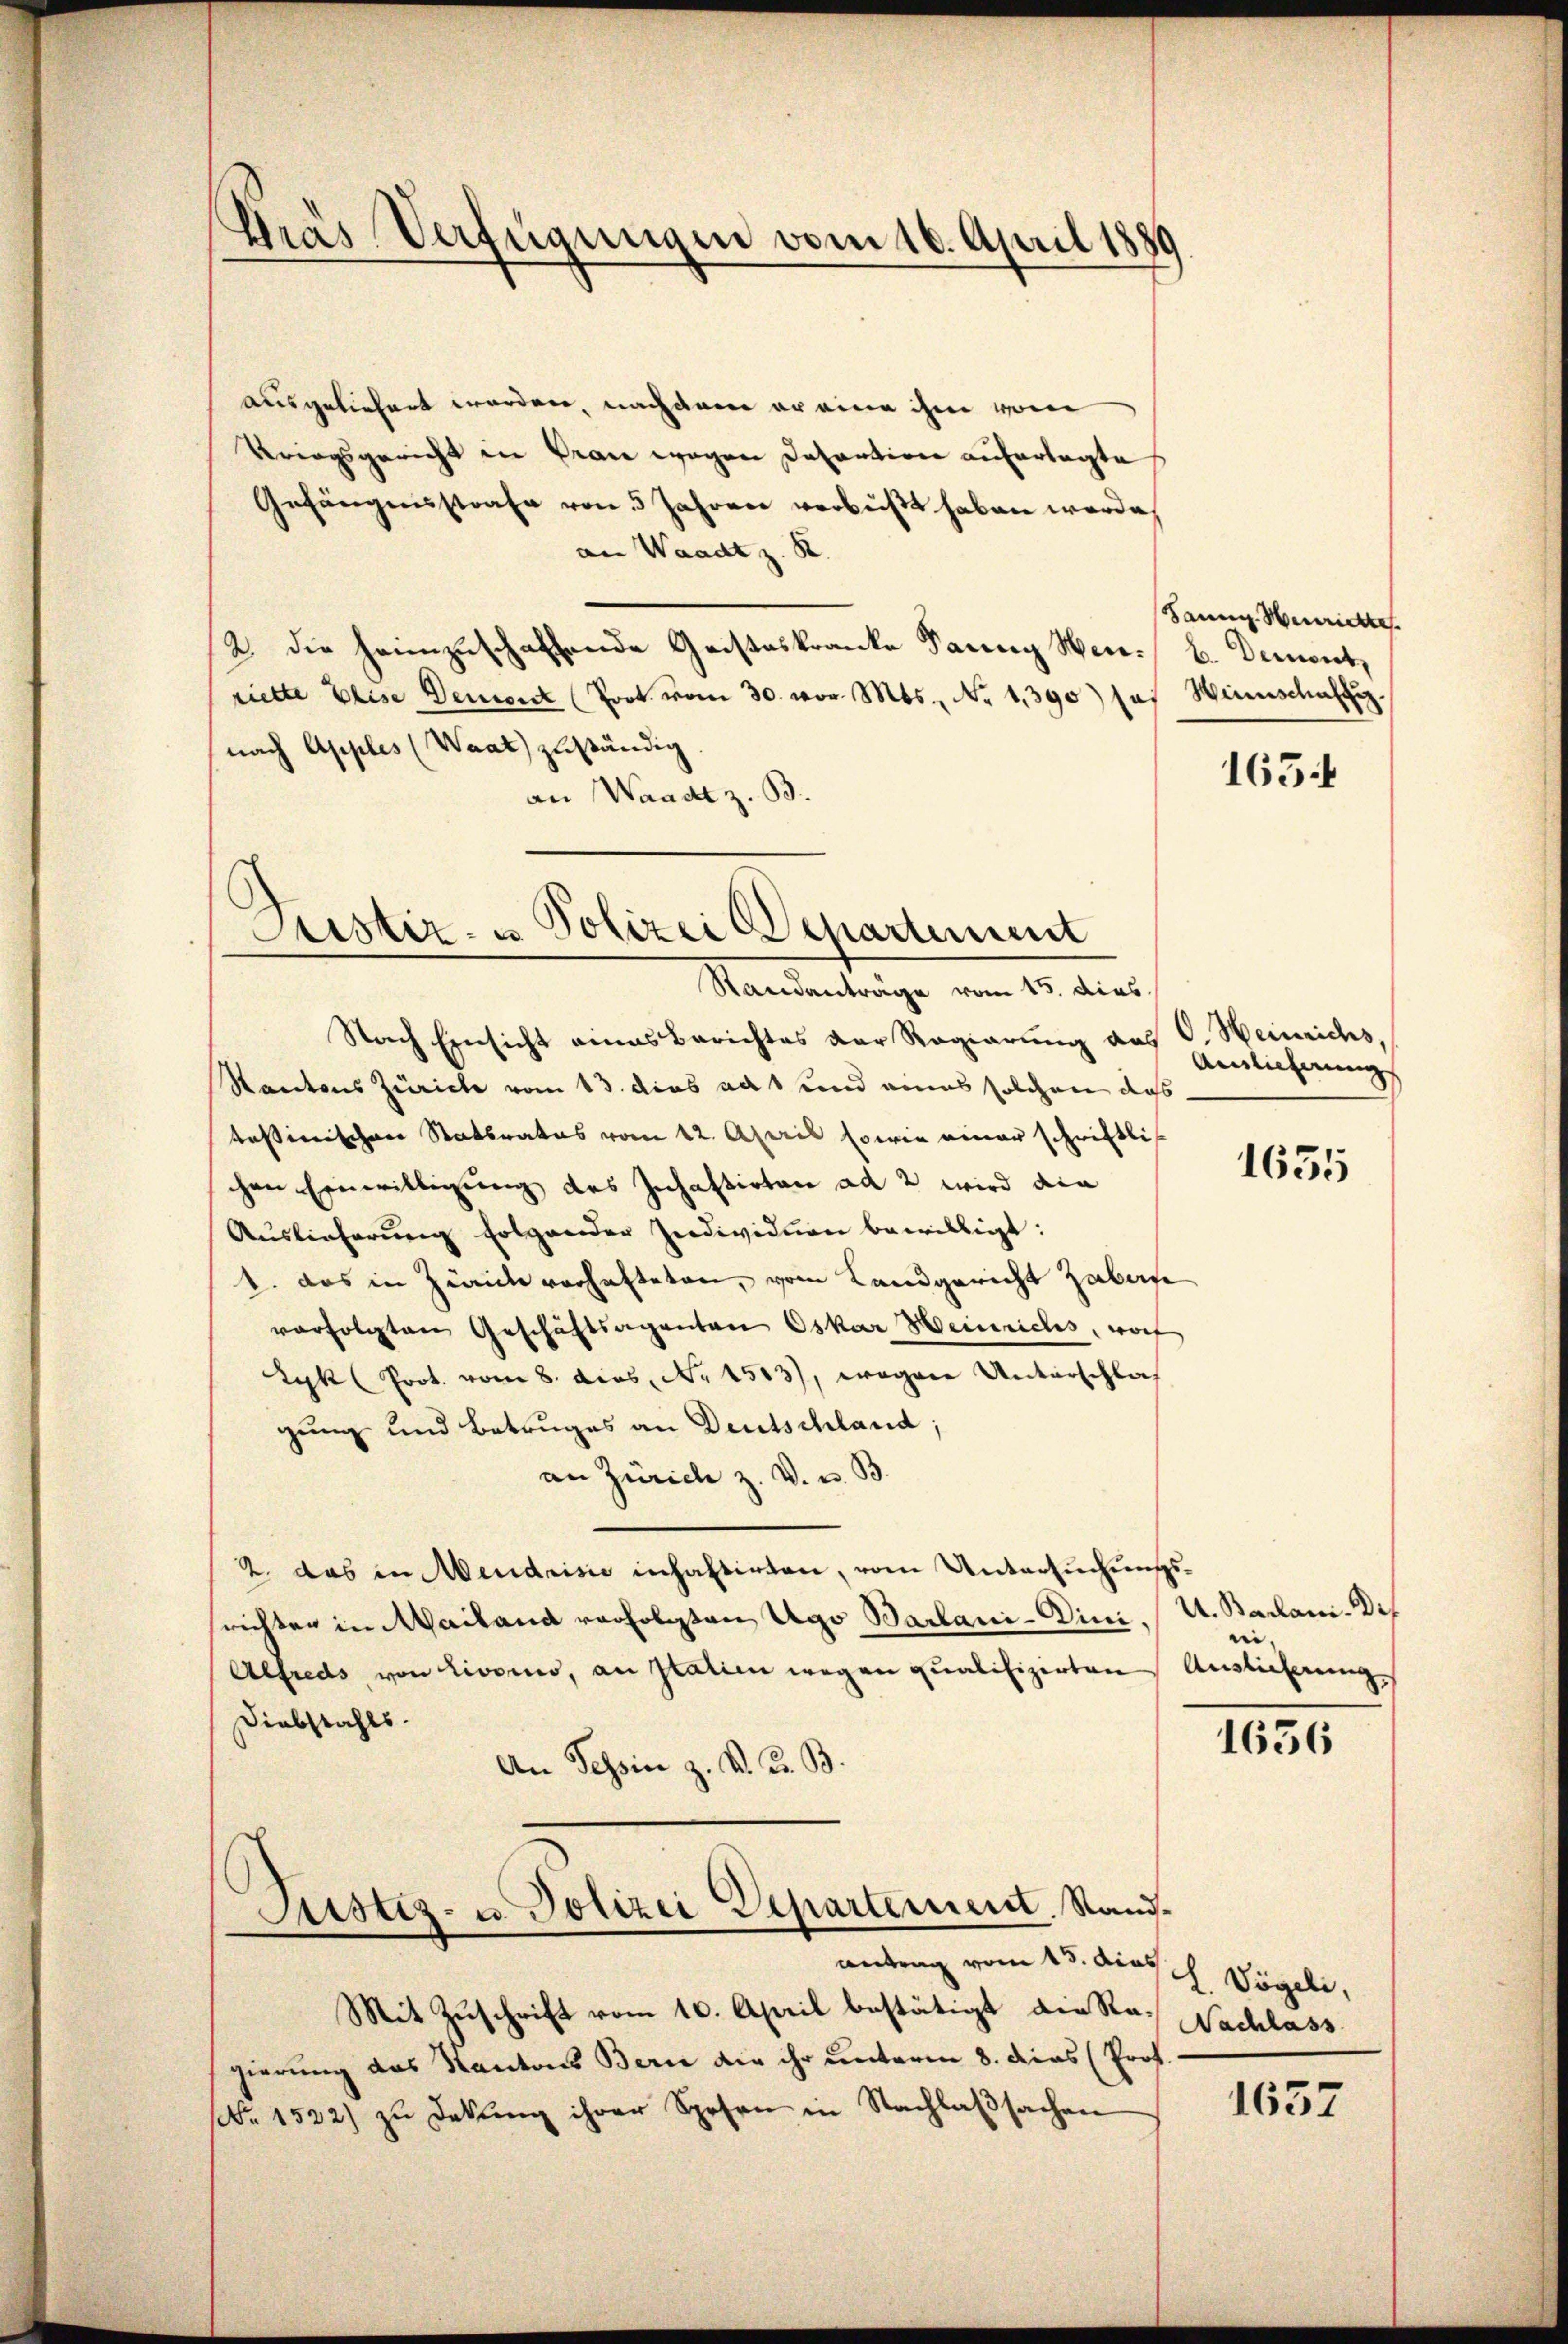
ausgeliefert worden, nachdem er eine ihm vom
Kriegsgericht in Gran wegen Desartion auferlegte
Gefängnisstrafe von 5 Jahren verbüßt haben werde,
an Waadt z. B.
2. Die heimzuschaffende Geisteskranke Dann Winriette Elise Dement (Prok. vom 30. vor. Mts., No 1390) ses Winnschaft.
(nach Apples (Waat) zuständig
an Waadt z. B.

Gras Verfügungen vom 10. April 1889

Justiz- & Polizei Departement

Standanträge vom 15. dies
Nach Einsicht eines Berichtes der Regierung aus
Kantons Zürich vom 13. dies ad 1 und eines solchen das
tesimischen Statbrates vom 12. April sowie einer schriftlich
chen Einwilligung des Inhaftirten ad 2 wird din
Auslieferung folgender Individuen bewilligt:
1. das in Züricht verhafteten, vom Landgericht abare
verfolgten Geschäftsagenten Oskar Heinriches, woh
Zyk (Prot. vom 8. dies. Nr. 1503), wegen Unterschlaf
gung und Betruges an Deutschland;
an Zürich z. V. u. B
2. das in Mendrisie inhaftirten, vom Untersuchungssrichten in Mailand verfolgten Ago Barbani-Dini¬
Alfreds, von Livorno, an statien wegen qualifizirten Auslieferung
Diebstahls.
An Tessin z. K. G. B.

Mit Zuschrift vom 10. April bestätigt die Ro. Nachlass
gierung das Kantons Bern die ihr unterm 8. dies Prof.
Nr. 1522) zu Dekŭng ihrer Spesen in Nachlaβsachen

Justiz- u. Polizei Departement. Sandantrag vom 13. dies l. Vögeli,

Sann. Henrichte
b. Demont,

1654

O. Heinrichs,
Ainlicherung

1635

U. Barlam. Def
en.

1636

1657